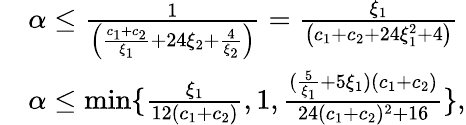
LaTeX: \begin{array}{rl}&{\alpha\le\frac{1}{\left(\frac{c_{1}+c_{2}}{\xi_{1}}+24\xi_{2}+\frac{4}{\xi_{2}}\right)}=\frac{\xi_{1}}{\left(c_{1}+c_{2}+24\xi_{1}^{2}+4\right)}}\\ &{\alpha\le\operatorname*{min}\{ \frac{\xi_{1}}{12(c_{1}+c_{2})},1,\frac{(\frac{5}{\xi_{1}}+5\xi_{1})(c_{1}+c_{2})}{24(c_{1}+c_{2})^{2}+16}\} ,}\end{array}